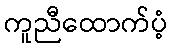
ကူညီထောက်ပံ့